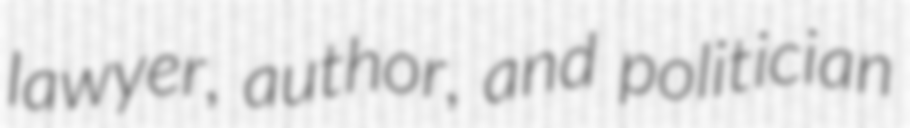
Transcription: lawyer, author, and politician